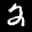
Label: 2